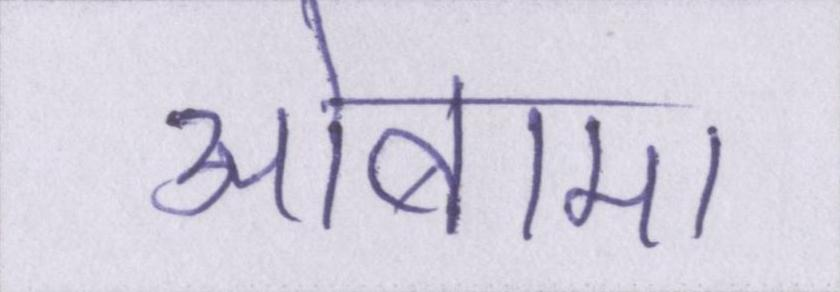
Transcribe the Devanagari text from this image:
ओबामा